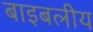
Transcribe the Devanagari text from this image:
बाइबलीय